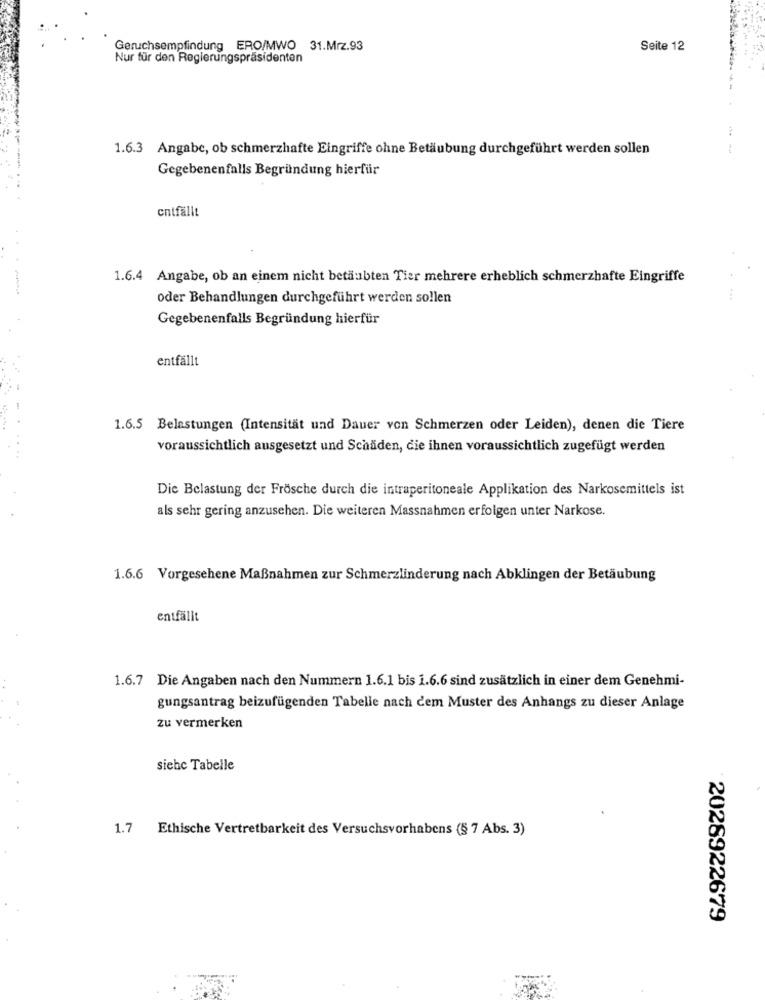
Geruchsempfindung ERO/MWO 31.Mrz.93
Seite 12
Nur für den Regierungspräsidenten
1.6.3 Angabe, ob schmerzhafte Eingriffe ohne Betäubung durchgeführt werden sollen
Gegebenenfalls Begründung hierfür
entfällt
1.6.4 Angabe, ob an einem nicht betäubten Tier mehrere erheblich schmerzhafte Eingriffe
oder Behandlungen durchgeführt werden sollen
Gegebenenfalls Begründung hierfür
entfällt
1.6.5 Belastungen (Intensität und Dauer von Schmerzen oder Leiden), denen die Tiere
voraussichtlich ausgesetzt und Schäden, die ihnen voraussichtlich zugefügt werden
Die Belastung der Frösche durch die intraperitoneale Applikation des Narkosemittels ist
als sehr gering anzusehen. Die weiteren Massnahmen erfolgen unter Narkose.
1.6.6 Vorgesehene Maßnahmen zur Schmerzlinderung nach Abklingen der Betäubung
entfällt
1.6.7 Die Angaben nach den Nummern 1.6.1 bis 1.6.6 sind zusätzlich in einer dem Genehmi-
gungsantrag beizufügenden Tabelle nach dem Muster des Anhangs zu dieser Anlage
zu vermerken
siehe Tabelle
1.7 Ethische Vertretbarkeit des Versuchsvorhabens (§ 7 Abs. 3)
2028922679